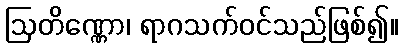
ဩတိဏ္ဏော၊ ရာဂသက်ဝင်သည်ဖြစ်၍။